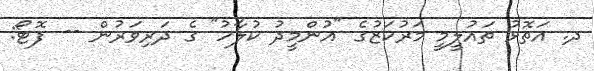
ދ. އަތޮޅު ތައުލީމީ މަރުކަޒުގެ "އުންމީދު ކުލާހު" ގެ ދަރިވަރުން -- ފޮޓޯ: